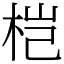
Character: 桤